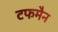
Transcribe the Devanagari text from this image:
टफमैन